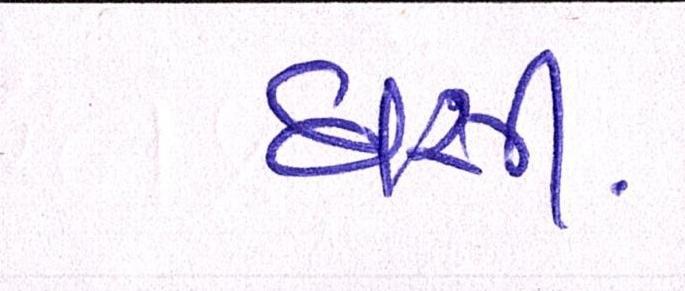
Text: ઘસી